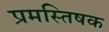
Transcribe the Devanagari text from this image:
प्रमस्तिषक